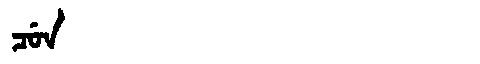
Manchu: ᠴᡠᠨ
Romanization: CUN